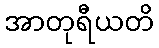
အာတုရီယတိ